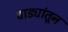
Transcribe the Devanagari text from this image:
वाड्यांतून